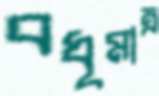
বধূমাত্র